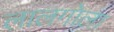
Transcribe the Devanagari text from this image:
लालगोला